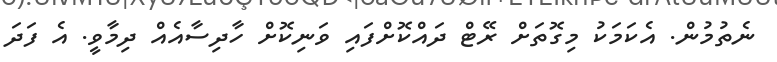
ނެތުމުން. އެކަމަކު މިގޮތަށް ރޭޓް ދައްކޮށްފައި ވަނިކޮށް ހާދިސާއެއް ދިމާވީ. އެ ފަދަ